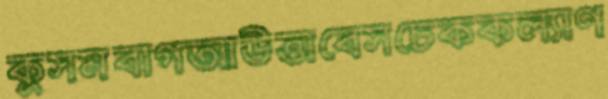
কুসমবাগআউত্তাবেসচেককল্যাণ